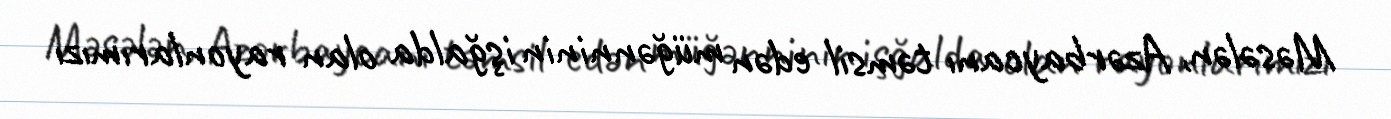
Məsələn, Azərbaycanı təmsil edən müğənninin işğalda olan rayonlarımızı